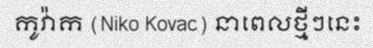
កូវ៉ាក (Niko Kovac) នាពេលថ្មីៗនេះ